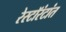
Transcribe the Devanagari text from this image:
रेस्टॉरंटांत